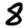
Digit: 8